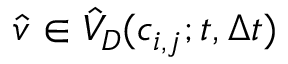
\hat { v } \in \hat { V } _ { D } ( c _ { i , j } ; t , \Delta t )